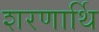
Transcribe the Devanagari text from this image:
शरणार्थि